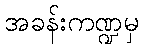
အခန်းကဏ္ဍမှ